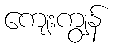
ကျေးကျွန်